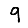
Digit: 9